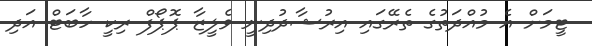
ޓީމަށް އެ މުއްދަތުގެ ތެރޭގައި އިރުޝާދުދިނީ ވެލީޒާ ޕޮޕޯފް ރިކީ ހާބަޓް އަދި